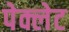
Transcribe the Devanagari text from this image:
पेक्लेट